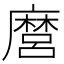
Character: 麿